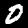
Digit: 0